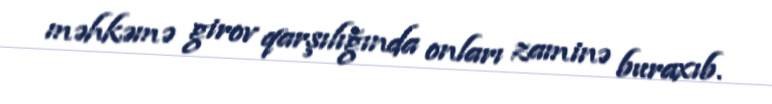
məhkəmə girov qarşılığında onları zaminə buraxıb.